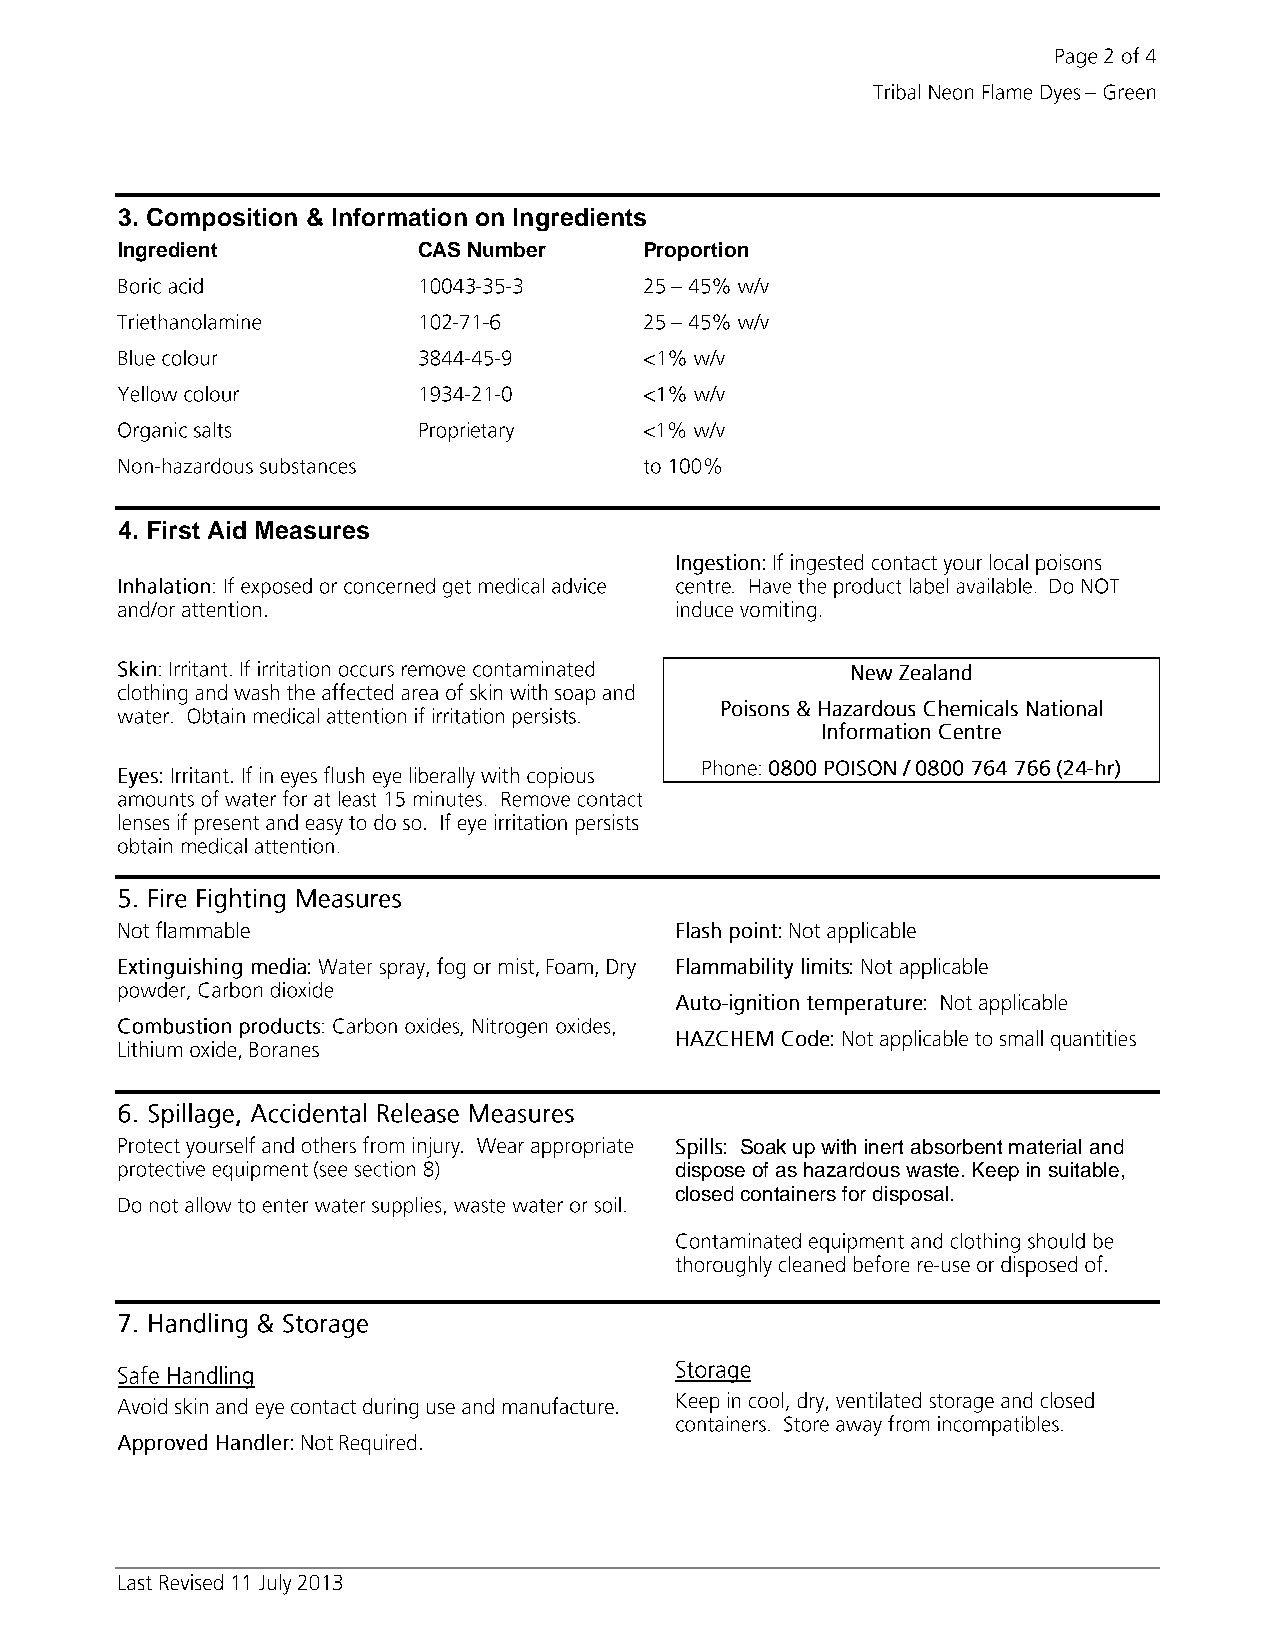
3. Composition & Information on Ingredients
 Ingredient          CAS Number     Proportion
 4. First Aid Measures
 Soak up with inert absorbent material and
 dispose of as hazardous waste. Keep in suitable,
 closed containers for disposal.